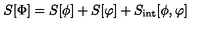
S [ \Phi ] = S [ \phi ] + S [ \varphi ] + S _ { \mathrm { i n t } } [ \phi , \varphi ]